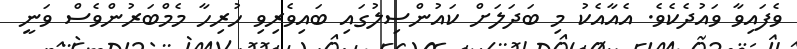
ވެފައިވާ ވައުދެކެވެ. އެއާއެކު މި ބަދަލަށް ކައުންސިލުގައި ބައިވެރިވި ހުރިހާ މެމްބަރުންވެސް ވަނީ